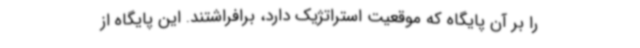
را بر آن پایگاه که موقعیت استراتژیک دارد، برافراشتند. این پایگاه از